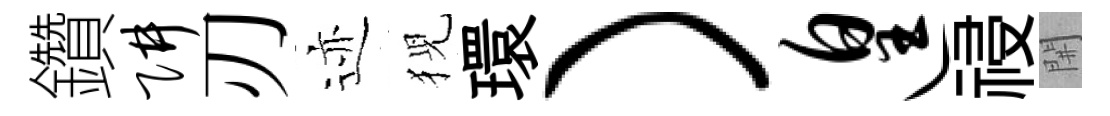
鑽阱刃迹猊環）遑祲𨳩